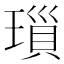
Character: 𤨏